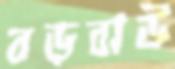
বড়বাউ